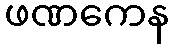
ဖဏကေန